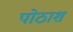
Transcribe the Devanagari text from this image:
पोठाश